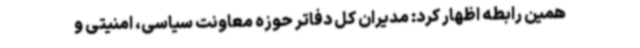
همین رابطه اظهار کرد: مدیران کل دفاتر حوزه معاونت سیاسی، امنیتی و